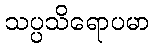
သပ္ပသိရောပမာ